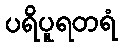
ပရိပူရတရံ